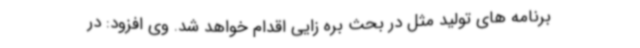
برنامه های تولید مثل در بحث بره زایی اقدام خواهد شد. وی افزود: در